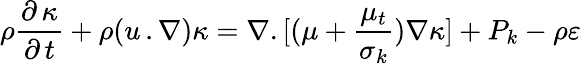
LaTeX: \rho\frac{{\partial\, \kappa}}{{\partial\, t}}+\rho(u\, .\nabla)\kappa=\nabla.[(\mu+\frac{{{\mu_{t}}}}{{{\sigma_{k}}}})\nabla\kappa]+{P_{k}}-\rho\varepsilon